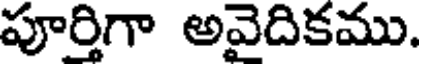
పూర్తిగా అవైదికము.